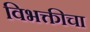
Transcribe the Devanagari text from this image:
विभक्तीचा